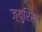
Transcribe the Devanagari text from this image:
ज़्युरिख